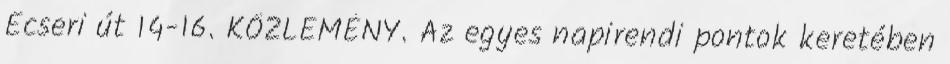
Ecseri út 14-16. KÖZLEMÉNY. Az egyes napirendi pontok keretében